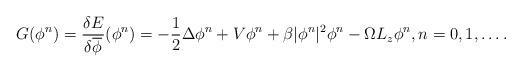
LaTeX: \begin{align*}G(\phi^{n})=\frac{\delta E}{\delta\overline{\phi}}( \phi^{n})=-\frac12\Delta{\phi}^{n}+V\phi^n+\beta|\phi^n|^2\phi^n-\Omega L_z\phi^n,n=0,1,\ldots.\end{align*}